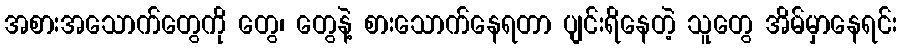
အစားအသောက်တွေကို တွေ၊ တွေနဲ့ စားသောက်နေရတာ ပျင်းရိနေတဲ့ သူတွေ အိမ်မှာနေရင်း